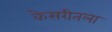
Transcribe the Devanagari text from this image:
केसरीतला